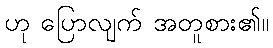
ဟု ပြောလျက် အတူစား၏။